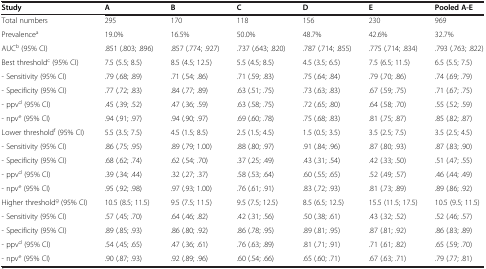
<table><thead><tr><td><b>Study</b></td><td><b>A</b></td><td><b>B</b></td><td><b>C</b></td><td><b>D</b></td><td><b>E</b></td><td><b>Pooled A-E</b></td></tr></thead><tbody><tr><td>Total numbers</td><td>295</td><td>170</td><td>118</td><td>156</td><td>230</td><td>969</td></tr><tr><td>Prevalence<sup>a</sup></td><td>19.0%</td><td>16.5%</td><td>50.0%</td><td>48.7%</td><td>42.6%</td><td>32.7%</td></tr><tr><td>AUC<sup>b</sup> (95% CI)</td><td>.851 (.803; .896)</td><td>.857 (.774; .927)</td><td>.737 (.643; .820)</td><td>.787 (.714; .855)</td><td>.775 (.714; .834)</td><td>.793 (.763; .822)</td></tr><tr><td>Best threshold<sup>c</sup> (95% CI)</td><td>7.5 (5.5; 8.5)</td><td>8.5 (4.5; 12.5)</td><td>5.5 (4.5; 8.5)</td><td>4.5 (3.5; 6.5)</td><td>7.5 (6.5; 11.5)</td><td>6.5 (5.5; 7.5)</td></tr><tr><td>- Sensitivity (95% CI)</td><td>.79 (.68; .89)</td><td>.71 (.54; .86)</td><td>.71 (.59; .83)</td><td>.75 (.64; .84)</td><td>.79 (.70; .86)</td><td>.74 (.69; .79)</td></tr><tr><td>- Specificity (95% CI)</td><td>.77 (.72; .83)</td><td>.84 (.77; .89)</td><td>.63 (.51; .75)</td><td>.73 (.63; .83)</td><td>.67 (.59; .75)</td><td>.71 (.67; .75)</td></tr><tr><td>- ppv<sup>d</sup> (95% CI)</td><td>.45 (.39; .52)</td><td>.47 (.36; .59)</td><td>.63 (.58; .75)</td><td>.72 (.65; .80)</td><td>.64 (.58; .70)</td><td>.55 (.52; .59)</td></tr><tr><td>- npv<sup>e</sup> (95% CI)</td><td>.94 (.91; .97)</td><td>.94 (.90; .97)</td><td>.69 (.60; .78)</td><td>.75 (.68; .83)</td><td>.81 (.75; .87)</td><td>.85 (.82; .87)</td></tr><tr><td>Lower threshold<sup>f</sup> (95% CI)</td><td>5.5 (3.5; 7.5)</td><td>4.5 (1.5; 8.5)</td><td>2.5 (1.5; 4.5)</td><td>1.5 (0.5; 3.5)</td><td>3.5 (2.5; 7.5)</td><td>3.5 (2.5; 4.5)</td></tr><tr><td>- Sensitivity (95% CI)</td><td>.86 (.75; .95)</td><td>.89 (.79; 1.00)</td><td>.88 (.80; .97)</td><td>.91 (.84; .96)</td><td>.87 (.80; .93)</td><td>.87 (.83; .90)</td></tr><tr><td>- Specificity (95% CI)</td><td>.68 (.62; .74)</td><td>.62 (.54; .70)</td><td>.37 (.25; .49)</td><td>.43 (.31; .54)</td><td>.42 (.33; .50)</td><td>.51 (.47; .55)</td></tr><tr><td>- ppv<sup>d</sup> (95% CI)</td><td>.39 (.34; .44)</td><td>.32 (.27; .37)</td><td>.58 (.53; .64)</td><td>.60 (.55; .65)</td><td>.52 (.49; .57)</td><td>.46 (.44; .49)</td></tr><tr><td>- npv<sup>e</sup> (95% CI)</td><td>.95 (.92; .98)</td><td>.97 (.93; 1.00)</td><td>.76 (.61; .91)</td><td>.83 (.72; .93)</td><td>.81 (.73; .89)</td><td>.89 (.86; .92)</td></tr><tr><td>Higher threshold<sup>g</sup> (95% CI)</td><td>10.5 (8.5; 11.5)</td><td>9.5 (7.5; 11.5)</td><td>9.5 (7.5; 12.5)</td><td>8.5 (6.5; 12.5)</td><td>15.5 (11.5; 17.5)</td><td>10.5 (9.5; 11.5)</td></tr><tr><td>- Sensitivity (95% CI)</td><td>.57 (.45; .70)</td><td>.64 (.46; .82)</td><td>.42 (.31; .56)</td><td>.50 (.38; .61)</td><td>.43 (.32; .52)</td><td>.52 (.46; .57)</td></tr><tr><td>- Specificity (95% CI)</td><td>.89 (.85; .93)</td><td>.86 (.80; .92)</td><td>.86 (.78; .95)</td><td>.89 (.81; .95)</td><td>.87 (.81; .92)</td><td>.86 (.83; .89)</td></tr><tr><td>- ppv<sup>d</sup> (95% CI)</td><td>.54 (.45; .65)</td><td>.47 (.36; .61)</td><td>.76 (.63; .89)</td><td>.81 (.71; .91)</td><td>.71 (.61; .82)</td><td>.65 (.59; .70)</td></tr><tr><td>- npv<sup>e</sup> (95% CI)</td><td>.90 (.87; .93)</td><td>.92 (.89; .96)</td><td>.60 (.54; .66)</td><td>.65 (.60; .71)</td><td>.67 (.63; .71)</td><td>.79 (.77; .81)</td></tr></tbody></table>